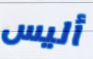
أليس